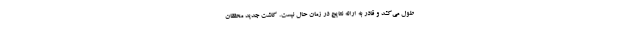
طول می‌کشد و قادر به ارائه نتایج در زمان حال نیست. کاشت جدید محققان